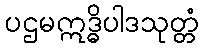
ပဌမဣဒ္ဓိပါဒသုတ္တံ